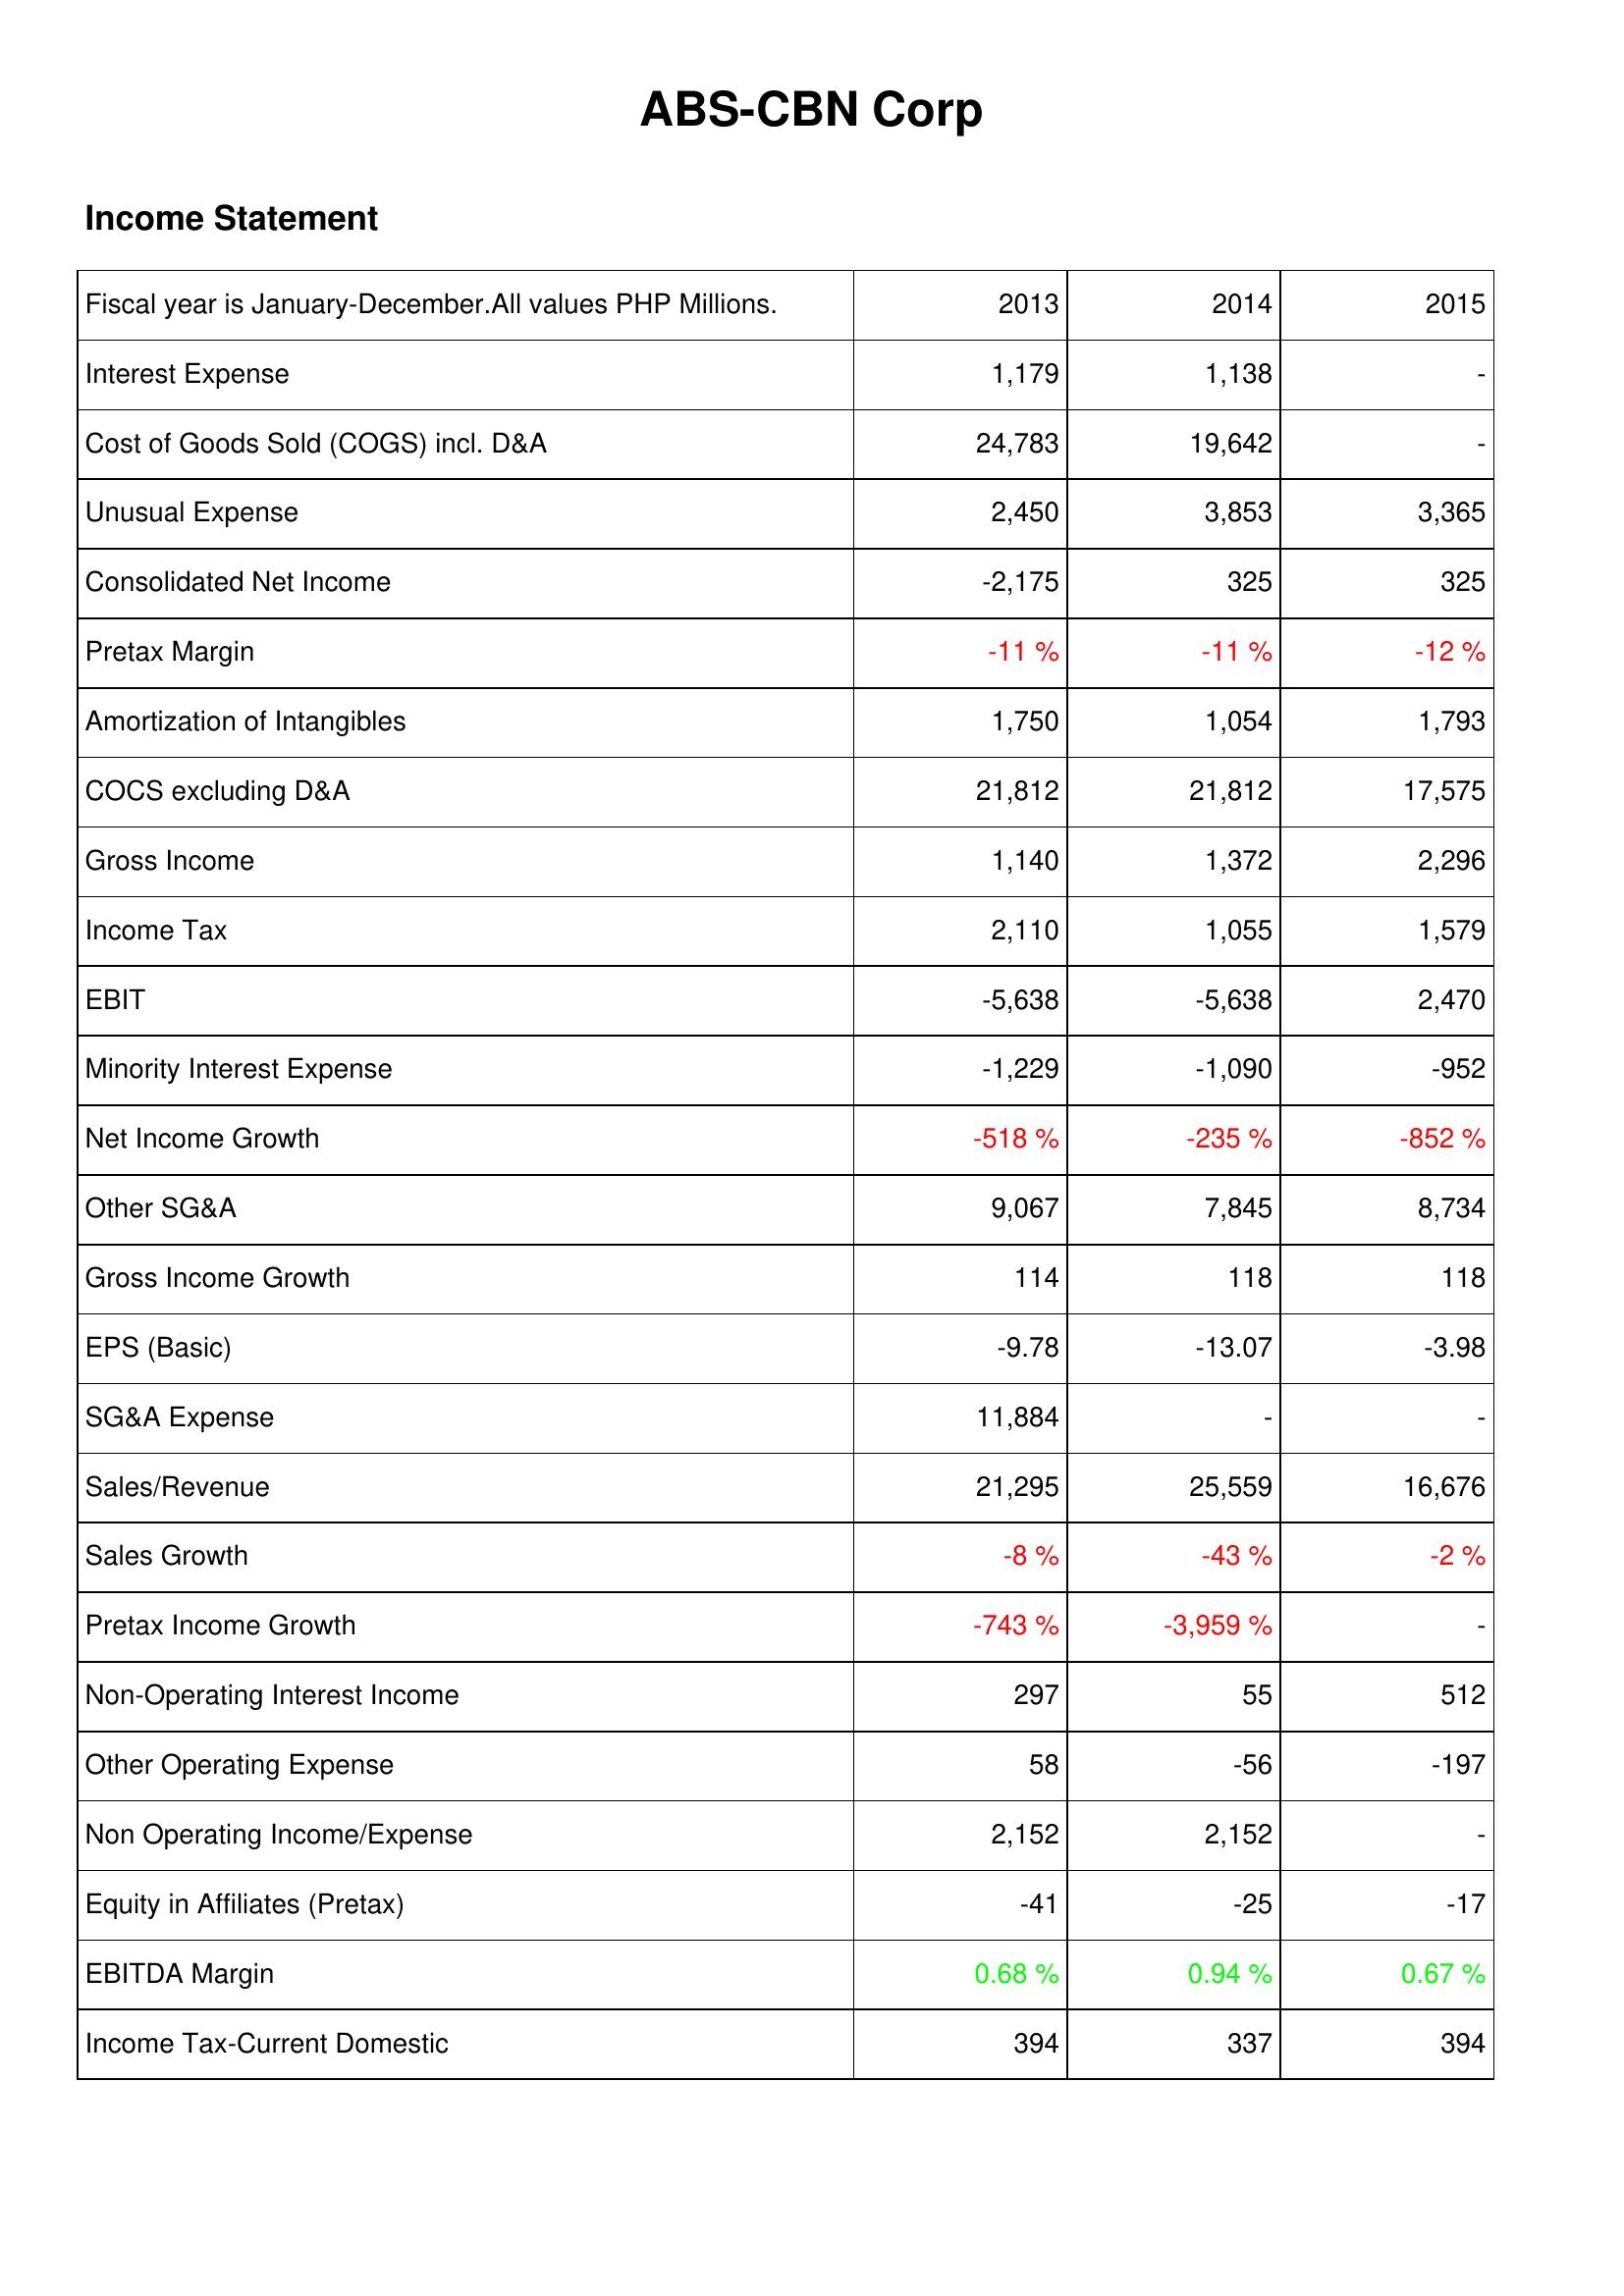
2013: Income Statement: Interest Expense: 1,179
Cost of Goods Sold (COGS) incl. D&A: 24,783
Unusual Expense: 2,450
Consolidated Net Income: -2,175
Pretax Margin: -11 %
Amortization of Intangibles: 1,750
COCS excluding D&A: 21,812
Gross Income: 1,140
Income Tax: 2,110
EBIT: -5,638
Minority Interest Expense: -1,229
Net Income Growth: -518 %
Other SG&A: 9,067
Gross Income Growth: 114
EPS (Basic): -9.78
SG&A Expense: 11,884
Sales/Revenue: 21,295
Sales Growth: -8 %
Pretax Income Growth: -743 %
Non-Operating Interest Income: 297
Other Operating Expense: 58
Non Operating Income/Expense: 2,152
Equity in Affiliates (Pretax): -41
EBITDA Margin: 0.68 %
Income Tax-Current Domestic: 394
2014: Income Statement: Interest Expense: 1,138
Cost of Goods Sold (COGS) incl. D&A: 19,642
Unusual Expense: 3,853
Consolidated Net Income: 325
Pretax Margin: -11 %
Amortization of Intangibles: 1,054
COCS excluding D&A: 21,812
Gross Income: 1,372
Income Tax: 1,055
EBIT: -5,638
Minority Interest Expense: -1,090
Net Income Growth: -235 %
Other SG&A: 7,845
Gross Income Growth: 118
EPS (Basic): -13.07
SG&A Expense: -
Sales/Revenue: 25,559
Sales Growth: -43 %
Pretax Income Growth: -3,959 %
Non-Operating Interest Income: 55
Other Operating Expense: -56
Non Operating Income/Expense: 2,152
Equity in Affiliates (Pretax): -25
EBITDA Margin: 0.94 %
Income Tax-Current Domestic: 337
2015: Income Statement: Interest Expense: -
Cost of Goods Sold (COGS) incl. D&A: -
Unusual Expense: 3,365
Consolidated Net Income: 325
Pretax Margin: -12 %
Amortization of Intangibles: 1,793
COCS excluding D&A: 17,575
Gross Income: 2,296
Income Tax: 1,579
EBIT: 2,470
Minority Interest Expense: -952
Net Income Growth: -852 %
Other SG&A: 8,734
Gross Income Growth: 118
EPS (Basic): -3.98
SG&A Expense: -
Sales/Revenue: 16,676
Sales Growth: -2 %
Pretax Income Growth: -
Non-Operating Interest Income: 512
Other Operating Expense: -197
Non Operating Income/Expense: -
Equity in Affiliates (Pretax): -17
EBITDA Margin: 0.67 %
Income Tax-Current Domestic: 394